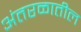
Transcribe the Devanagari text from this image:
अंतरळातील